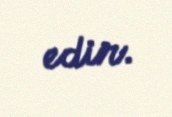
edir.